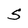
Character: S